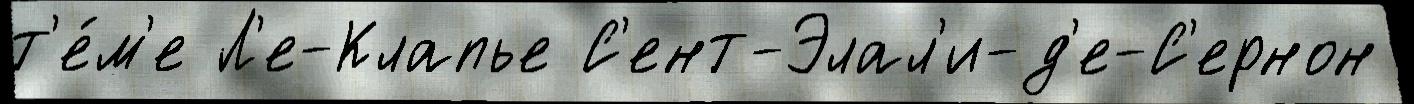
т'е́м'е Л'е-Клапье С'ент-Элал'и-д'е-С'ернон